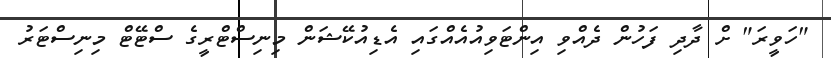
"ހަވީރަ" ށް ދާދި ފަހުން ދެއްވި އިންޓަވިއުއެއްގައި އެޑިއުކޭޝަން މިނިސްޓްރީގެ ސްޓޭޓް މިނިސްޓަރު